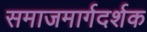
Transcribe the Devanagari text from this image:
समाजमार्गदर्शक